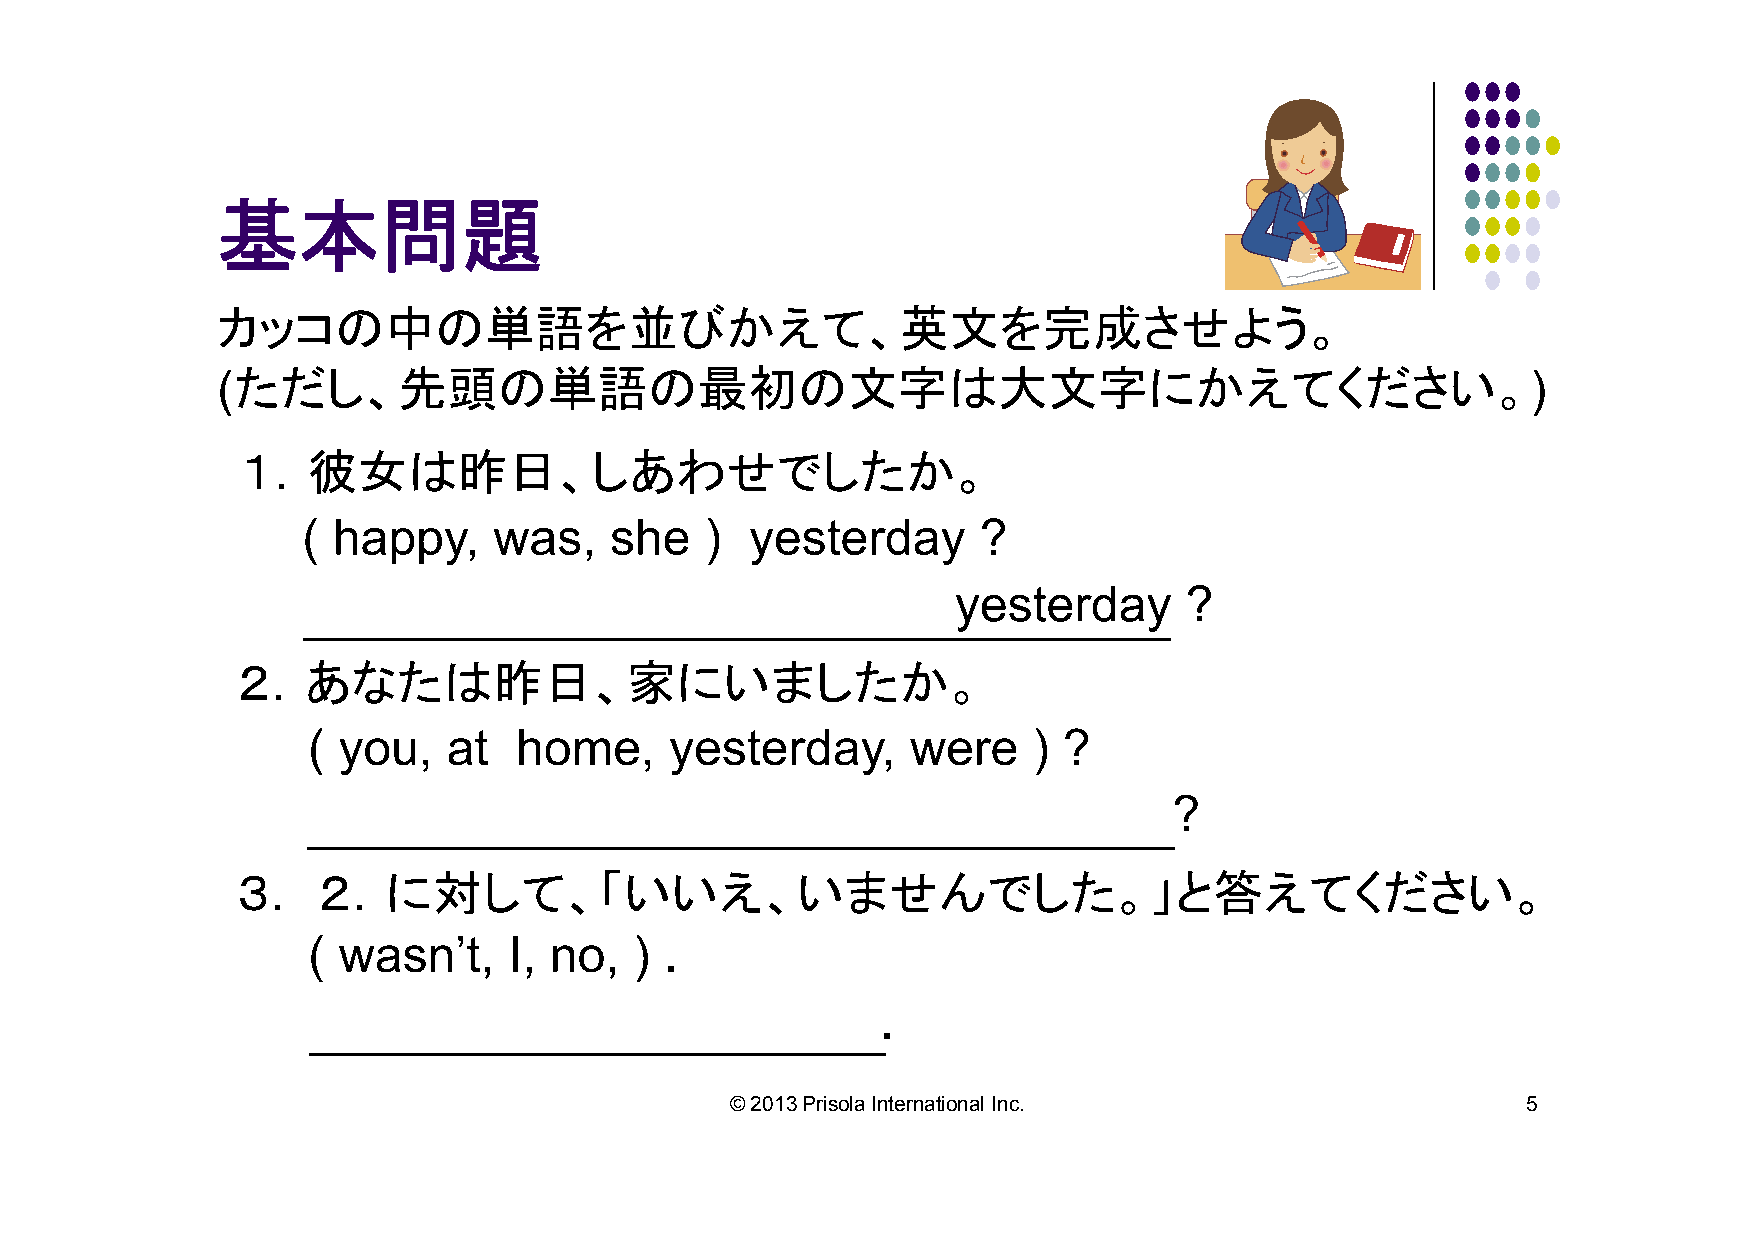
基本問題                     解答
 カッコの中の単語を並びかえて、英文を完成させよう。
 (ただし、先頭の単語の最初の文字は大文字にかえてください。)
 １．彼女は昨日、しあわせでしたか。
 ( happy,     was,   she    )  yesterday      ?
 Was      she    happy                   yesterday      ?
 ２．あなたは昨日、家にいましたか。
 ( you,    at  home,     yesterday,      were    ) ?
 Were      you    at   home      yesterday              ?
 ３．   ２．に対して、「いいえ、いませんでした。」と答えてください。
 ( wasn’t,     I, no,  ) .
 No,   I  wasn’t                   .
 © 2013 Prisola International Inc.                    5